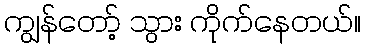
ကျွန်တော့် သွား ကိုက်နေတယ်။